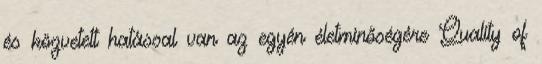
és közvetett hatással van az egyén életminőségére Quality of